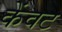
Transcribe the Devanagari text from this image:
केंवट